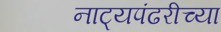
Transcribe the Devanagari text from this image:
नाट्यपंढरीच्या